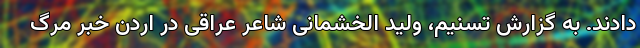
دادند. به گزارش تسنیم،‌ ولید الخشمانی شاعر عراقی در اردن خبر مرگ